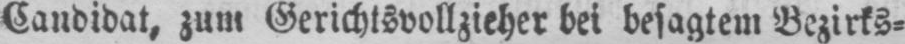
Candidat, zum Gerichtsvollzieher bei besagtem Bezirks⸗